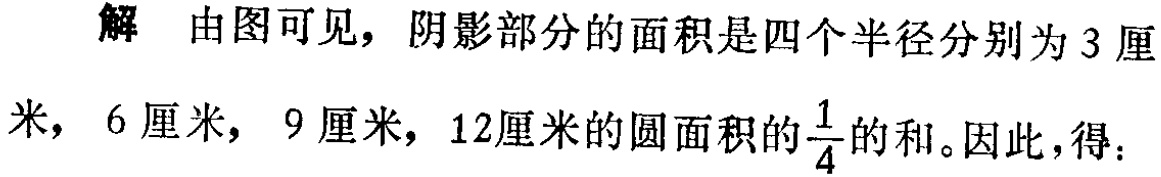
解 由图可见，阴影部分的面积是四个半径分别为3厘米，6厘米，9厘米，12厘米的圆面积的$\frac{1}{4}$的和。因此，得：